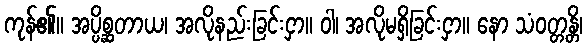
ကုန်၏။ အပ္ပိစ္ဆတာယ၊ အလိုနည်းခြင်းငှာ။ ဝါ၊ အလိုမရှိခြင်းငှာ။ နော သံဝတ္တန္တိ၊